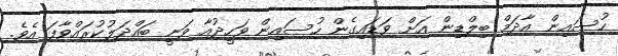
ހުސައިން އާދަމް ބިލްޑިން އަށް ވަޑައިގެން ހުސައިން ވަހީދުއާ ވަނީ ބައްދަލުކުރައްވާފަ އެވެ.